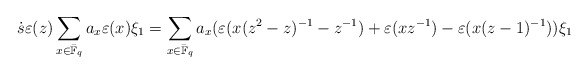
\begin{align*} \dot{s}\varepsilon(z) \sum_{x\in \bar{\mathbb{F}}_q}a_x \varepsilon(x) \xi_1 = \sum_{x\in \bar{\mathbb{F}}_q}a_x( \varepsilon(x(z^2-z)^{-1}-z^{-1})+\varepsilon(xz^{-1})-\varepsilon(x(z-1)^{-1}) )\xi_1\end{align*}